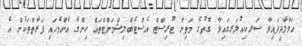
ހަވާލާދީފައިވާ ސަރކިއުލަރގައިވާ ގޮތުގެ މަތިން ޓޫރިސްޓް އެސްޓެބްލިޝްމަންޓްތައް ހިންގާ އެންމެހައި ފަރާތްތަކުން އެ